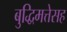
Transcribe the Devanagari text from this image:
बुद्धिमत्तेसह